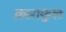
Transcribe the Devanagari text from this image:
क़ाराकुल